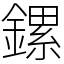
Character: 鏍